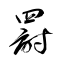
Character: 罸